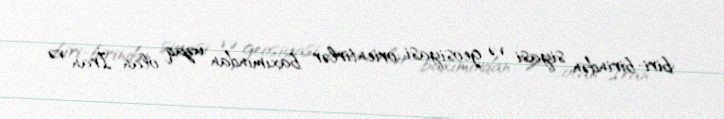
biri-birindən siyasi və geosiyasi orientirlər baxımından uzaq olan İran və